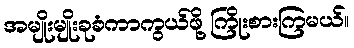
အမျိုးမျိုးခုခံကာကွယ်ဖို့ ကြိုးစားကြမယ်။